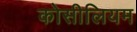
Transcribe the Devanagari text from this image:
कोसीलियम